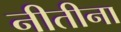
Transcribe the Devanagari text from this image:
नीतीना